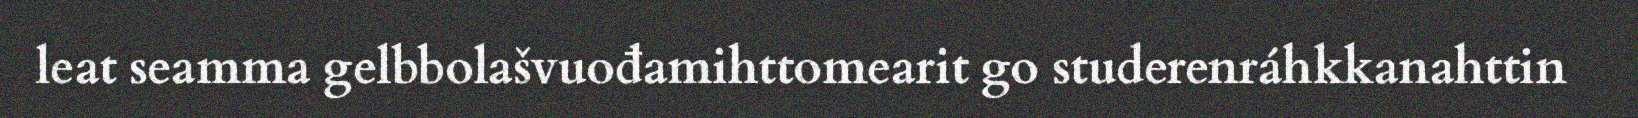
leat seamma gelbbolašvuođamihttomearit go studerenráhkkanahttin